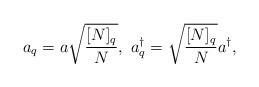
LaTeX: \begin{align*}a_q = a \sqrt{\frac{[N]_q}{N}},~a_q^\dagger = \sqrt{\frac{[N]_q}{N}}a^\dagger,\end{align*}